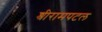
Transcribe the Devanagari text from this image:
श्रीरामपटल